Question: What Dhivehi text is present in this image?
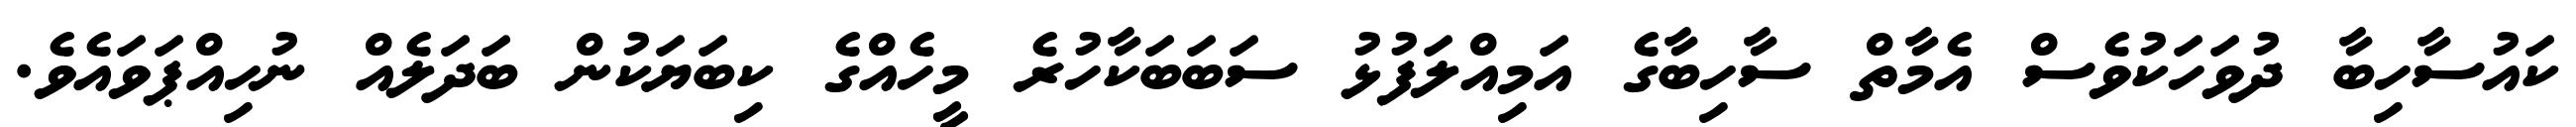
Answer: ކައުސާހިބާ ދުވަހަކުވެސް އެމާތް ސާހިބާގެ އަމިއްލަފުޅު ސަބަބަކާހުރެ މީހެއްގެ ކިބަޔަކުން ބަދަލެއް ނުހިއްޕަވައެވެ.